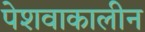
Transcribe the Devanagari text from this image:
पेशवाकालीन